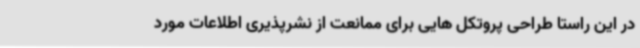
در این راستا طراحی پروتکل هایی برای ممانعت از نشرپذیری اطلاعات مورد